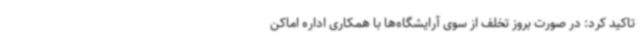
تاکید کرد: در صورت بروز تخلف از سوی آرایشگاه‌ها با همکاری اداره اماکن